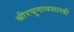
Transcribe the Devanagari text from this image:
श्रीरघुनाथशास्त्री